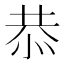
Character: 恭